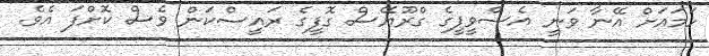
ހަމައަށް އޭނާ ވަނީ އެސްވީޕީގެ ގްރޫޔޭސް ގޮފީގެ ރައީސްކަން ވެސް ކޮށްފަ އެވެ.